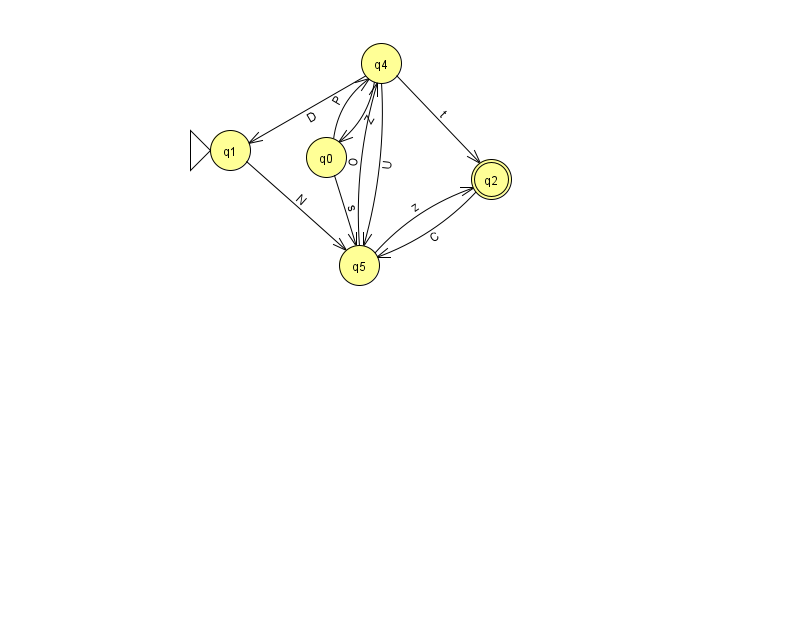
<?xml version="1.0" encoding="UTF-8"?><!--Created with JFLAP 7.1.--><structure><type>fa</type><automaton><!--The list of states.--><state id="0" name="q0"><x>326.0</x><y>144.0</y></state><state id="1" name="q1"><x>230.0</x><y>137.0</y><initial/></state><state id="2" name="q2"><x>491.0</x><y>166.0</y><final/></state><state id="4" name="q4"><x>381.0</x><y>50.0</y></state><state id="5" name="q5"><x>359.0</x><y>252.0</y></state><!--The list of transitions.--><transition><from>4</from><to>2</to><read>t</read></transition><transition><from>0</from><to>5</to><read>s</read></transition><transition><from>4</from><to>0</to><read>Z</read></transition><transition><from>5</from><to>2</to><read>z</read></transition><transition><from>5</from><to>4</to><read>O</read></transition><transition><from>4</from><to>1</to><read>D</read></transition><transition><from>1</from><to>5</to><read>N</read></transition><transition><from>2</from><to>5</to><read>C</read></transition><transition><from>4</from><to>5</to><read>U</read></transition><transition><from>0</from><to>4</to><read>P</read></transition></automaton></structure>